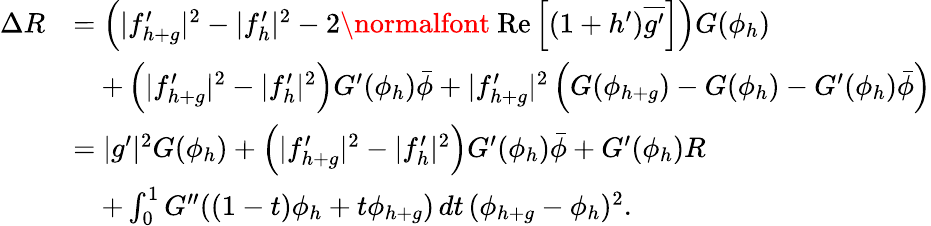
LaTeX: \begin{array}{rl}{\Delta R}&{=\left(|f_{h+g}^{\prime}|^{2}-|f_{h}^{\prime}|^{2}-2\mathrm{\normalfont~Re}\left[(1+h^{\prime})\overline{{g^{\prime}}}\right]\right)G(\phi_{h})}\\ &{\quad+\left(|f_{h+g}^{\prime}|^{2}-|f_{h}^{\prime}|^{2}\right)G^{\prime}(\phi_{h})\bar{\phi}+|f_{h+g}^{\prime}|^{2}\left(G(\phi_{h+g})-G(\phi_{h})-G^{\prime}(\phi_{h})\bar{\phi}\right)}\\ &{=|g^{\prime}|^{2}G(\phi_{h})+\left(|f_{h+g}^{\prime}|^{2}-|f_{h}^{\prime}|^{2}\right)G^{\prime}(\phi_{h})\bar{\phi}+G^{\prime}(\phi_{h})R}\\ &{\quad+\int_{0}^{1}G^{\prime\prime}((1-t)\phi_{h}+t\phi_{h+g})\, dt\, (\phi_{h+g}-\phi_{h})^{2}.}\end{array}